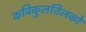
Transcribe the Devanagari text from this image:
कविकुलतिलको